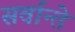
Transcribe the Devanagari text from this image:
सर्वान्ते